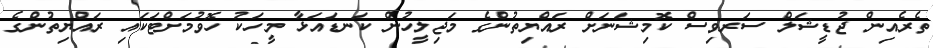
ތެރެއިން ޖުޑީޝަލް ސަރވިސް ކޮމިޝަނަށް ރައްޔިތުންގެ މަޖިލީހުން ކަނޑައަޅާ މީހަކު ހޮވުމަށްޓަކައި ރައްޔިތުންގެ